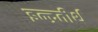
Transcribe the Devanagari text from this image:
इन्द्रतीर्थ